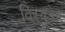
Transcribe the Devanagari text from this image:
विस्बडेन